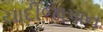
યાદીજાપાન